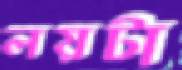
লয়টা